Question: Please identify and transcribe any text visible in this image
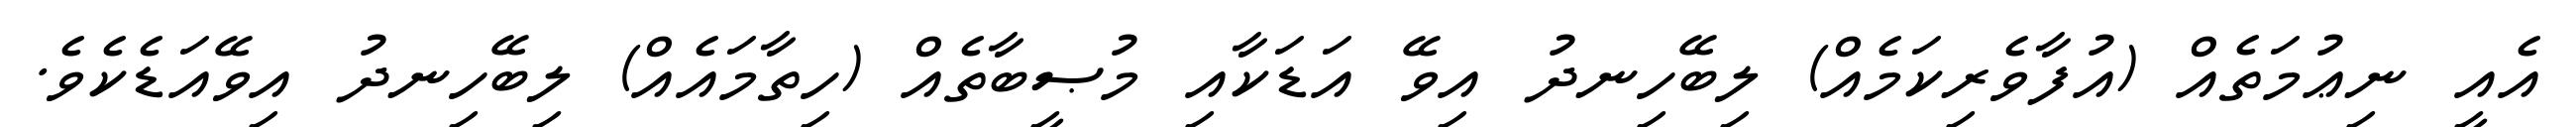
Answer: އެއީ ނިޢުމަތެއް (އުފާވެރިކަމެއް) ލިބޭހިނދު އިވޭ އަޑަކާއި މުޞީބާތެއް (ހިތާމައެއް) ލިބޭހިނދު އިވޭއަޑެކެވެ.